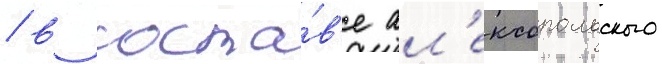
/ в соста́в'е ал'ексопольского